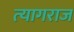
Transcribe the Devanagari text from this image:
त्‍यागराज